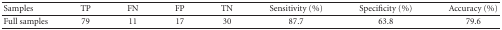
| Samples | TP | FN | FP | TN | Sensitivity (%) | Specificity (%) | Accuracy (%) |
 | --- | --- | --- | --- | --- | --- | --- | --- |
 | Full samples | 79 | 11 | 17 | 30 | 87.7 | 63.8 | 79.6 |